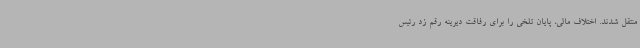
منتقل شدند. اختلاف مالی، پایان تلخی را برای رفاقت دیرینه رقم زد رئیس